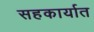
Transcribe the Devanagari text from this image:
सहकार्यात